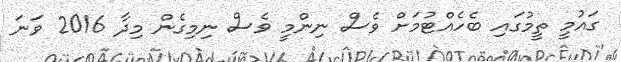
ގައުމީ ތީމުގައި ބެހެއްޓުމަށް ވެސް ނިންމީ ވެސް ނިމިގެން މިދާ 2016 ވަނަ